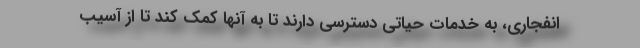
انفجاری، به خدمات حیاتی دسترسی دارند تا به آنها کمک کند تا از آسیب